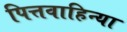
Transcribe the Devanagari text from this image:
पित्तवाहिन्या